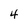
Character: 4